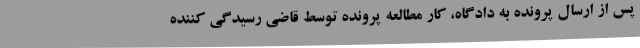
پس از ارسال پرونده به دادگاه، کار مطالعه پرونده توسط قاضی رسیدگی کننده